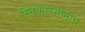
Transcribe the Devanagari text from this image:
स्विकारतानाच